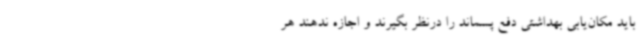
باید مکان‌یابی بهداشتی دفع پسماند را درنظر بگیرند و اجازه ندهند هر